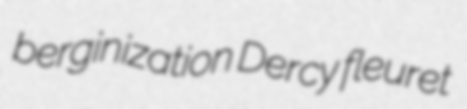
berginization Dercy fleuret